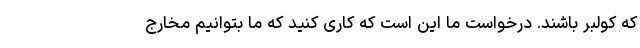
که کولبر باشند. درخواست ما این است که کاری کنید که ما بتوانیم مخارج